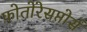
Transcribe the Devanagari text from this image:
फोतोरेसप्तोर्स